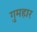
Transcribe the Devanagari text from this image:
गुमहार